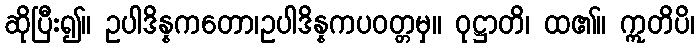
ဆိုပြီး၍။ ဥပါဒိန္နကတော၊ဥပါဒိန္နကပဝတ္တမှ။ ဝုဋ္ဌာတိ၊ ထ၏။ ဣတိပိ၊